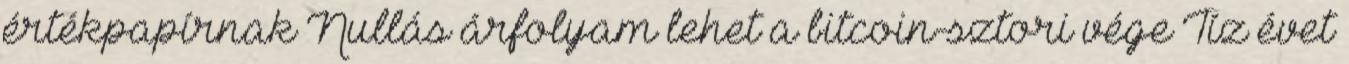
értékpapírnak Nullás árfolyam lehet a bitcoin-sztori vége Tíz évet